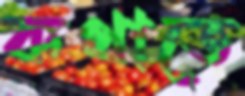
কথাতে